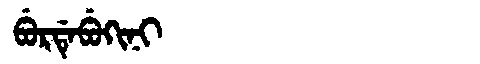
Manchu: ᠪᡠᡵᡩᡝᠪᡠᡴᡳᠨᡳ
Romanization: BURDEBUKINI